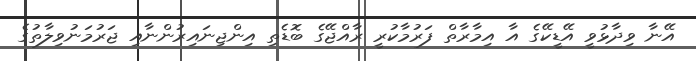
އޭނާ ވިދާޅުވީ އޭޑީކޭގެ އާ އިމާރާތް ފަރުމާކުރީ ރާއްޖޭގެ ބޮޑެތި އިންޖިނައިރުންނާއި ޖަރުމަނުވިލާތުގެ